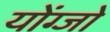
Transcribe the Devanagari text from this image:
योंग्जो